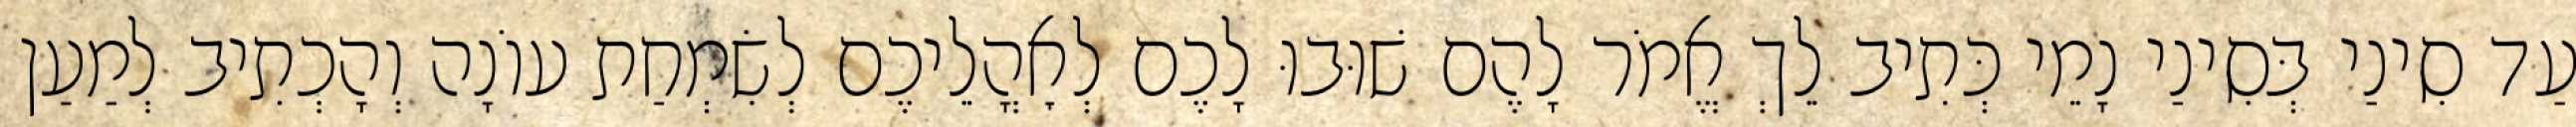
עַד סִינַי בְּסִינַי נָמֵי כְּתִיב לֵךְ אֱמֹר לָהֶם שׁוּבוּ לָכֶם לְאׇהֳלֵיכֶם לְשִׂמְחַת עוֹנָה וְהָכְתִיב לְמַעַן